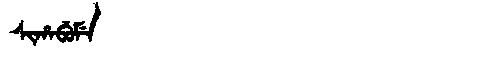
Manchu: ᠰᡳᡥᠠᠪᡠᠮᡝ
Romanization: SIHABUME